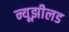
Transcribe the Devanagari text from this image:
न्यूझीलड